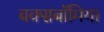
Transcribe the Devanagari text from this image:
बक्सबॉमिया